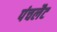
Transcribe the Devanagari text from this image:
पंचलैट